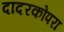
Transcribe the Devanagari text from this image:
दादरकोपरा